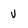
Character: v